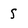
Character: S